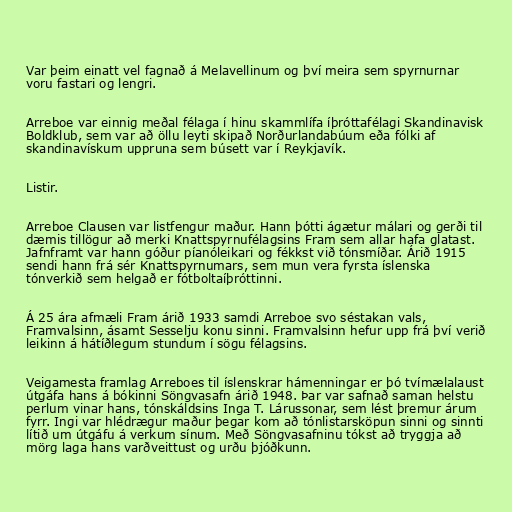
Var þeim einatt vel fagnað á Melavellinum og því meira sem spyrnurnar
voru fastari og lengri.

Arreboe var einnig meðal félaga í hinu skammlífa íþróttafélagi Skandinavisk
Boldklub, sem var að öllu leyti skipað Norðurlandabúum eða fólki af
skandinavískum uppruna sem búsett var í Reykjavík.

Listir.

Arreboe Clausen var listfengur maður. Hann þótti ágætur málari og gerði til
dæmis tillögur að merki Knattspyrnufélagsins Fram sem allar hafa glatast.
Jafnframt var hann góður píanóleikari og fékkst við tónsmíðar. Árið 1915
sendi hann frá sér Knattspyrnumars, sem mun vera fyrsta íslenska
tónverkið sem helgað er fótboltaíþróttinni.

Á 25 ára afmæli Fram árið 1933 samdi Arreboe svo séstakan vals,
Framvalsinn, ásamt Sesselju konu sinni. Framvalsinn hefur upp frá því verið
leikinn á hátíðlegum stundum í sögu félagsins.

Veigamesta framlag Arreboes til íslenskrar hámenningar er þó tvímælalaust
útgáfa hans á bókinni Söngvasafn árið 1948. Þar var safnað saman helstu
perlum vinar hans, tónskáldsins Inga T. Lárussonar, sem lést þremur árum
fyrr. Ingi var hlédrægur maður þegar kom að tónlistarsköpun sinni og sinnti
lítið um útgáfu á verkum sínum. Með Söngvasafninu tókst að tryggja að
mörg laga hans varðveittust og urðu þjóðkunn.